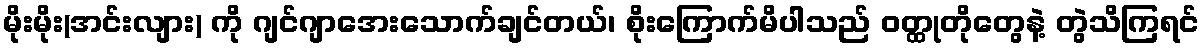
မိုးမိုး(အင်းလျား) ကို ဂျင်ဂျာအေးသောက်ချင်တယ်၊ စိုးကြောက်မိပါသည် ဝတ္ထုတိုတွေနဲ့ တွဲသိကြရင်